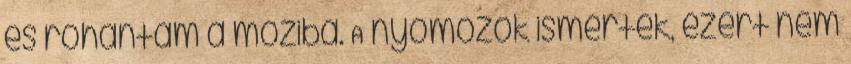
és rohantam a moziba. A nyomozók ismertek, ezért nem